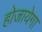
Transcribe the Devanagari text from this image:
होजायेगा